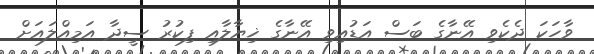
ވާހަކަ ދެކެވި އޭނާގެ ބަސް އަޑުއިވި އޭނާގެ ޚިޔާލާއި ފިކުރު ސީދާ އަމިއްލައަށް